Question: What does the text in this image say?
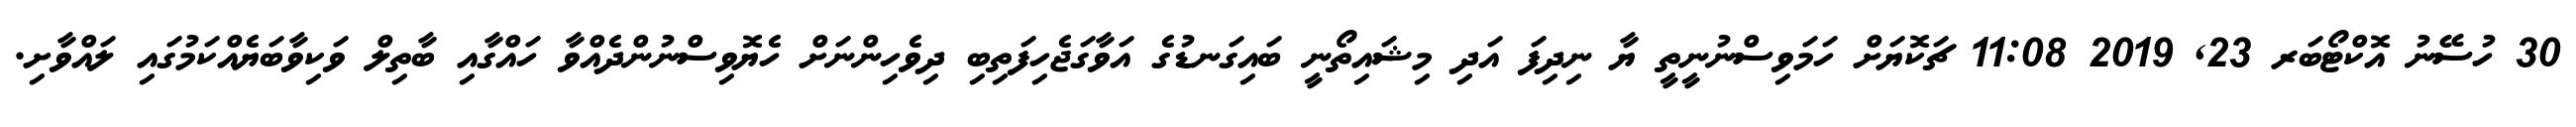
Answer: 30 ހުސޭނު އޮކްޓޯބަރ 23, 2019 11:08 ޗަކޮޔަށް ހަމަވިސްނުނީތީ ޔާ ނިދިފަ އަދި މިޝައިތޯނީ ބައިގަނޑުގެ އަވާގަޖެހިފަތިބި ދިވެހިންނަށް ހެޔޮވިސްނުންދެއްވާ ހައްގާއި ބާތިލް ވަކިވާބަޔެއްކަމުގައި ލައްވާށި.